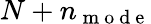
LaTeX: N+n_{\mathrm{~m~o~d~e~}}